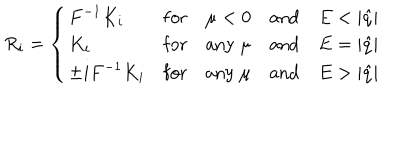
R _ { i } = \left\{ \begin{array} { l l l l l } { { { F } ^ { - 1 } { K } _ { i } } } & { { \mathrm { f o r } } } & { { \mu < 0 } } & { { \mathrm { a n d } } } & { { E < | \hat { q } | } } \\ { { { K } _ { i } } } & { { \mathrm { f o r } } } & { { \mathrm { a n y } ~ \mu } } & { { \mathrm { a n d } } } & { { E = | \hat { q } | } } \\ { { \pm i { F } ^ { - 1 } { K } _ { i } } } & { { \mathrm { f o r } } } & { { \mathrm { a n y } ~ \mu } } & { { \mathrm { a n d } } } & { { E > | \hat { q } | } } \\ \end{array} \right.